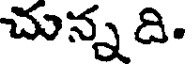
చున్న ది.